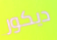
ديكور